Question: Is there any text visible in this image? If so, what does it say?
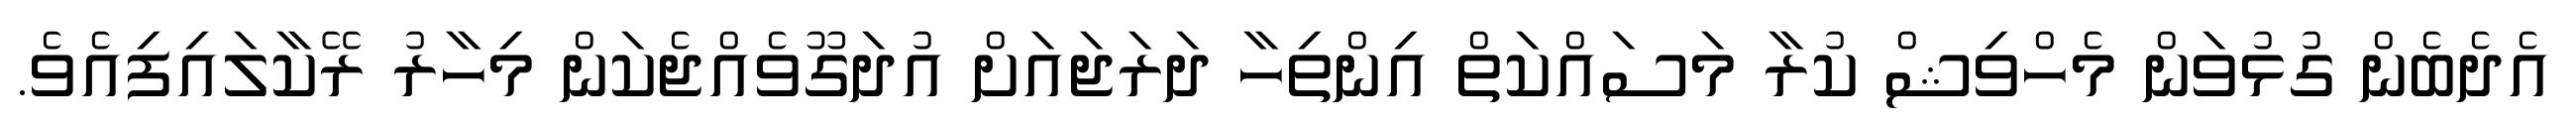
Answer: އެދެބެން ގުޅުވަން މެހްވިޝް ކުރާ މަސައްކަތް އިންތިހާ ދަރަޖައަށް އުދަގޫވެއްޖެކަން މިހާރު ރޭކާލައިފިއެވެ.